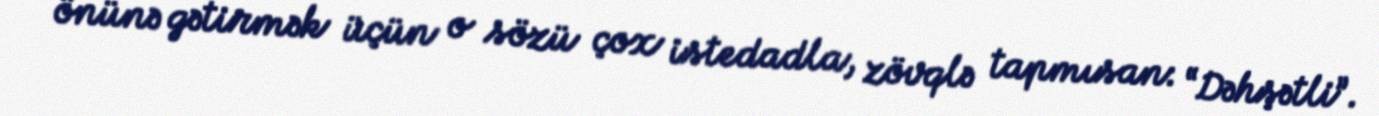
önünə gətirmək üçün o sözü çox istedadla, zövqlə tapmısan: “Dəhşətli”.